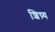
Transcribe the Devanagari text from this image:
शिष़्य